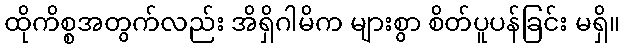
ထိုကိစ္စအတွက်လည်း အိရှိဂါမိက များစွာ စိတ်ပူပန်ခြင်း မရှိ။